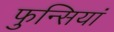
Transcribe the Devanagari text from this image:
फुन्सियां